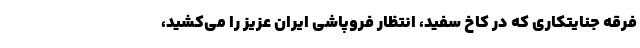
فرقه جنایتکاری که در کاخ سفید، انتظار فروپاشی ایران عزیز را می‌کشید،